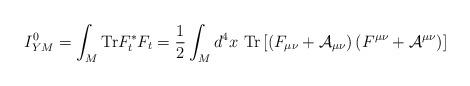
LaTeX: \begin{align*}I_{YM}^0 = \int_{M} {\rm Tr} F_t^* F_t = \frac{1}{2} \int_{M} d^4 x \ {\rm Tr} \left[ \left( F_{\mu \nu} + {\cal A}_{\mu \nu} \right) \left( F^{\mu \nu} + {\cal A}^{\mu \nu} \right) \right] \end{align*}